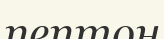
пептон